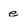
Character: e